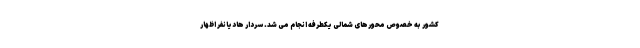
کشور به خصوص محورهای شمالی یکطرفه انجام می شد. سردار هادیانفر اظهار